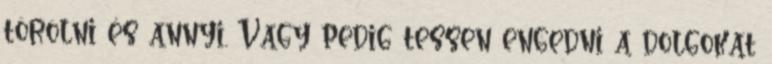
törölni és annyi. Vagy pedig tessen engedni a dolgokat